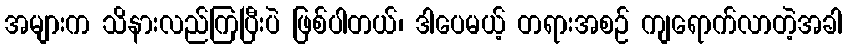
အများက သိနားလည်ကြပြီးပဲ ဖြစ်ပါတယ်၊ ဒါပေမယ့် တရားအစဉ် ကျရောက်လာတဲ့အခါ